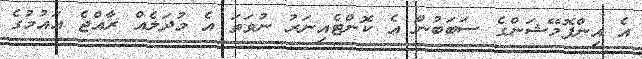
އެ އިންފޮމޭޝަންގެ ސަބަބުން އެ ކޮންޓެއިނަރު ނުވަތަ އެ މުދަލެއް ރާއްޖެ އައުމުގެ